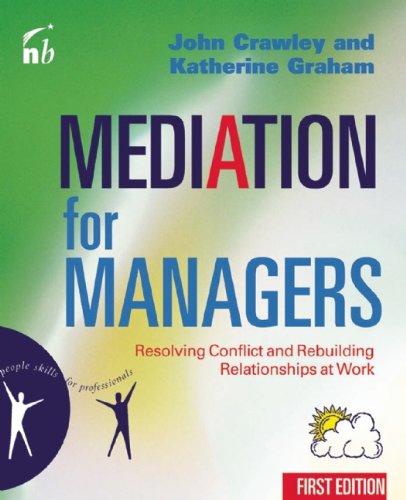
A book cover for Mediation for Managers: Resolving Conflict and Rebuilding Relationships at Work (People Skills for Professionals); John Crawley; Business & Money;